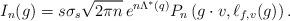
LaTeX: \begin{align*} I_n(g) = s \sigma_{s} \sqrt{2\pi n} \, e^{n\Lambda^{*}(q) } P_{n} \left( g \cdot v, \ell_{f,v}(g) \right). \end{align*}